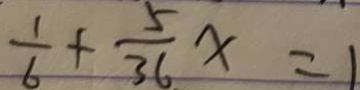
\frac { 1 } { 6 } + \frac { 5 } { 3 6 } x = 1